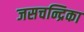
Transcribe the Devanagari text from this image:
जसचन्द्रिका